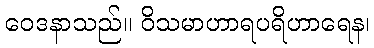
ဝေဒနာသည်။ ဝိသမာဟာရပရိဟာရေန၊